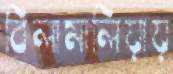
বিলামালিয়ায়